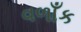
વળાઁક